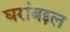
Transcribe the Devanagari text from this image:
घरांबद्दल